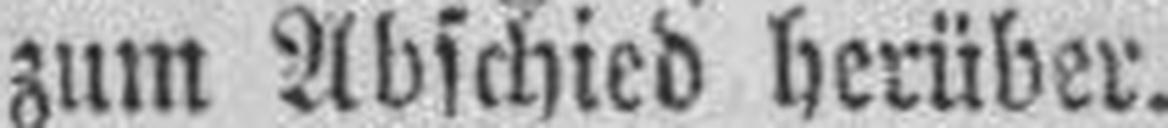
zum Abschied herüber.